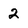
Character: 2